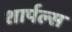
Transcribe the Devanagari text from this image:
शार्पल्स